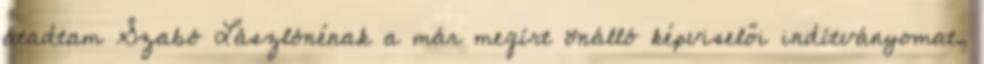
átadtam Szabó Lászlónénak a már megírt önálló képviselői indítványomat,